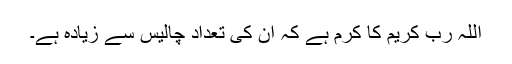
اللہ رب کریم کا کرم ہے کہ ان کی تعداد چالیس سے زیادہ ہے۔